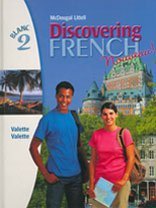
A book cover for Discovering French, Nouveau!: Student Edition Level 2 2004; Rebecca M. Valette; Teen & Young Adult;